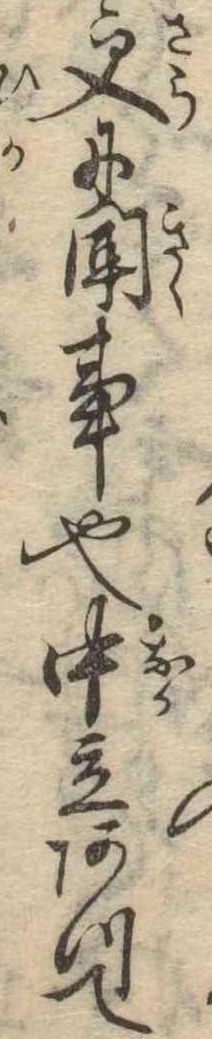
更に聞事也中立あつて